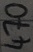
Text: 470